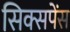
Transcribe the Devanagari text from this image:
सिक्सपेंस